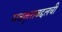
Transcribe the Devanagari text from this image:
मजकुराबद्दलची